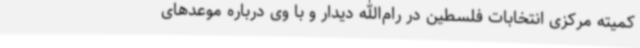
کمیته مرکزی انتخابات فلسطین در رام‌الله دیدار و با وی درباره موعدهای